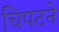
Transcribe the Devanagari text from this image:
चिपटने